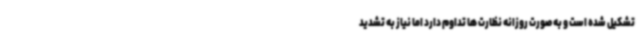
تشکیل شده است و به صورت روزانه نظارت ها تداوم دارد اما نیاز به تشدید